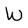
Character: W